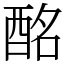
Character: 酩